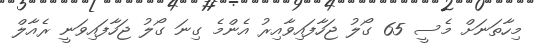
މިހާތަނަށް މެސީ 65 ގޯލު ޖަހާފައިވާއިރު އެންމެ ގިނަ ގޯލު ޖަހާފައިވަނީ ރެއާލް